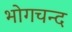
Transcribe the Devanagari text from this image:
भोगचन्द